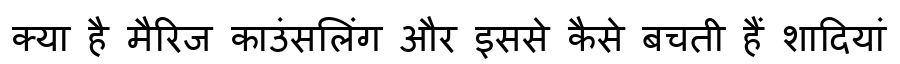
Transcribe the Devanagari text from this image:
क्या है मैरिज काउंसलिंग और इससे कैसे बचती हैं शादियां